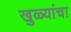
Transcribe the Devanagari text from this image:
खुळ्यांचा